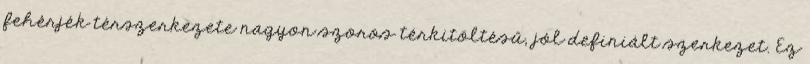
fehérjék térszerkezete nagyon szoros térkitöltésű, jól definiált szerkezet. Ez